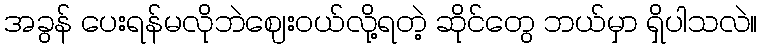
အခွန် ပေးရန်မလိုဘဲဈေးဝယ်လို့ရတဲ့ ဆိုင်တွေ ဘယ်မှာ ရှိပါသလဲ။